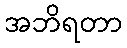
အဘိရတာ